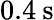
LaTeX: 0.4\: \mathrm{s}